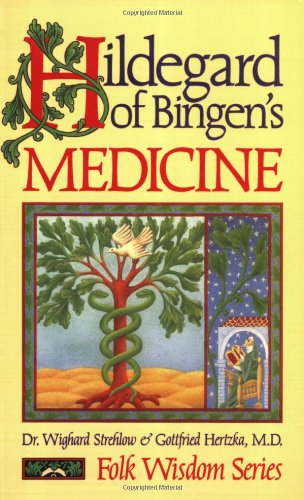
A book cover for Hildegard of Bingen's Medicine (Folk Wisdom Series); Dr. Wighard Strehlow; Medical Books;